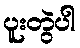
ပူးတွဲပါ